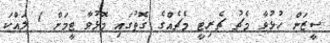
ސީޒަން ހުޅުވާ މެޗު ޗެރިޓީ މެޗެއްގެ ގޮތުގައި މޮޅުވާ ޓީމަށް 1 ލައްކަ